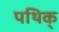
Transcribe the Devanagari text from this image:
पथिक्‌